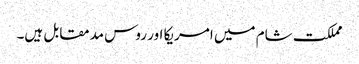
مملکت شام میں امریکا اور روس مدمقابل ہیں۔